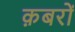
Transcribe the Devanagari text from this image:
क़बरों